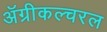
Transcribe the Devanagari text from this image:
ॲग्रीकल्चरल